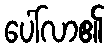
ပေါ်လာ၏